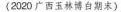
(2020 广西玉林博白期末)